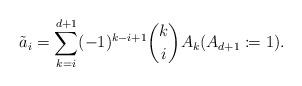
LaTeX: \begin{align*} \tilde{a}_i = \sum_{k=i}^{d+1} (-1)^{k-i+1} \binom{k}{i} A_k ( A_{d+1} \coloneqq 1).\end{align*}